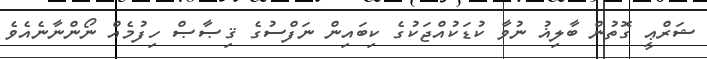
ޝަރްޢީ ގޮތުން ބާލިޣު ނުވާ ކުޑަކުއްޖަކުގެ ކިބައިން ނަފްސުގެ ޤިޞާޞް ހިފުމެއް ނޯންނާނެއެވެ